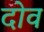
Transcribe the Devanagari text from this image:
दोव